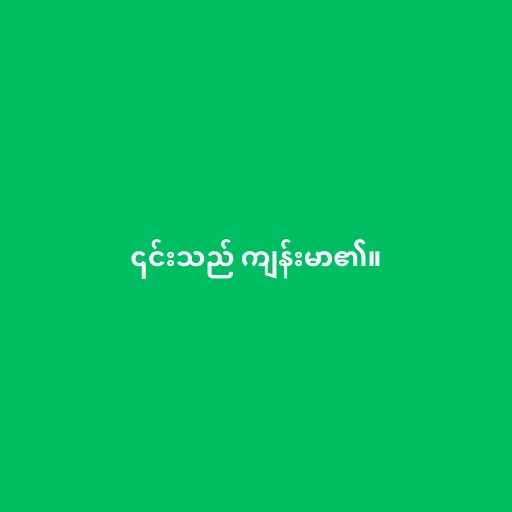
၎င်းသည် ကျန်းမာ၏။